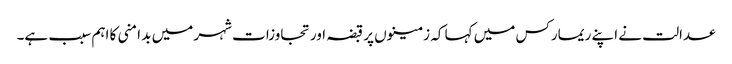
عدالت نے اپنے ریمارکس میں کہا کہ زمینوں پر قبضہ اور تجاوزات شہر میں بد امنی کا اہم سبب ہے۔